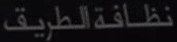
نظافةالطريق